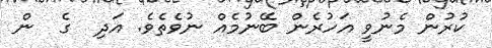
ކުރުން މެނުވީ އަހުރެން ބޭނުމެއް ނުވެތެވެ. އަދި  ގެ  ން